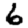
Digit: 6